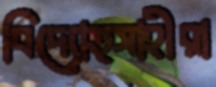
বিদ্যোত্সাহীরা